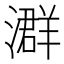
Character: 𪷧